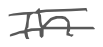
Text: in
Cross-out: double-line
Writing tool: digital_gray